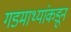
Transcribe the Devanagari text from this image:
गडमाथ्यांकडून